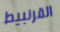
القرنبيط